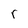
Character: r